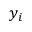
y _ { i }